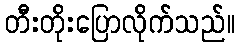
တီးတိုးပြောလိုက်သည်။